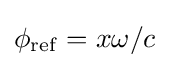
\phi _{\rm {ref}}=x\omega /c